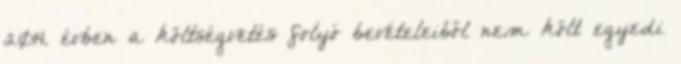
2014. évben a költségvetés folyó bevételeiből nem költ egyedi